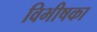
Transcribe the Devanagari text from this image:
विभीषका